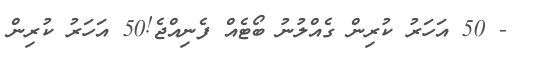
- 50 އަހަރު ކުރިން ގެއްލުނު ބޯޓެއް ފެނިއްޖެ!50 އަހަރު ކުރިން